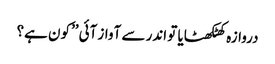
دروازہ کھٹکھٹایا تو اندر سے آواز آئی ’’کون ہے؟